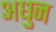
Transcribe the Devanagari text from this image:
अधुन